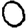
Digit: 0